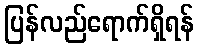
ပြန်လည်ရောက်ရှိရန်